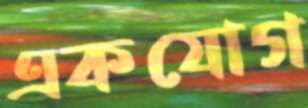
একযোগ